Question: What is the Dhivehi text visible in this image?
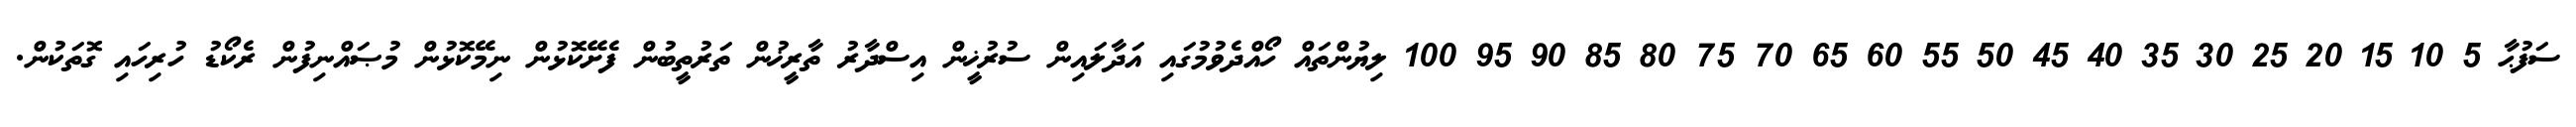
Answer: ސަފުޙާ 5 10 15 20 25 30 35 40 45 50 55 60 65 70 75 80 85 90 95 100 ލިޔުންތައް ހޯއްދެވުމުގައި އަދާލައިން ސުރުޚީން އިސްދާރު ތާރީޚުން ތަރުތީބުން ފެށޭކޮޅުން ނިމޭކޮޅުން މުޞައްނިފުން ރެކޯޑު ހުރިހައި ގޮތަކުން.